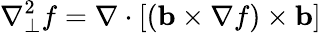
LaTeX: \nabla_{\perp}^{2}f=\nabla\cdot[(\mathbf{b}\times\nabla f)\times\mathbf{b}]